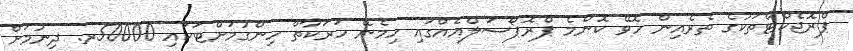
ޕްރޮޖެކްޓްތަކުގެ ތެރެއިން ހޮވޭ ކޮންމެ ޕްރޮޕޯސަލްއެއްގައި ހިމެނޭ ހަރަކާތް ހިންގުމަށްޓަކައި 50000ރ. ދިނުމަށް